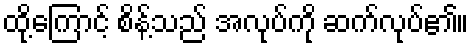
ထို့ကြောင့် စိန့်သည် အလုပ်ကို ဆက်လုပ်၏။